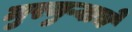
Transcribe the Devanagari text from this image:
मुरमुऱ्याचे